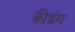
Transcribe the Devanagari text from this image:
कीइंग